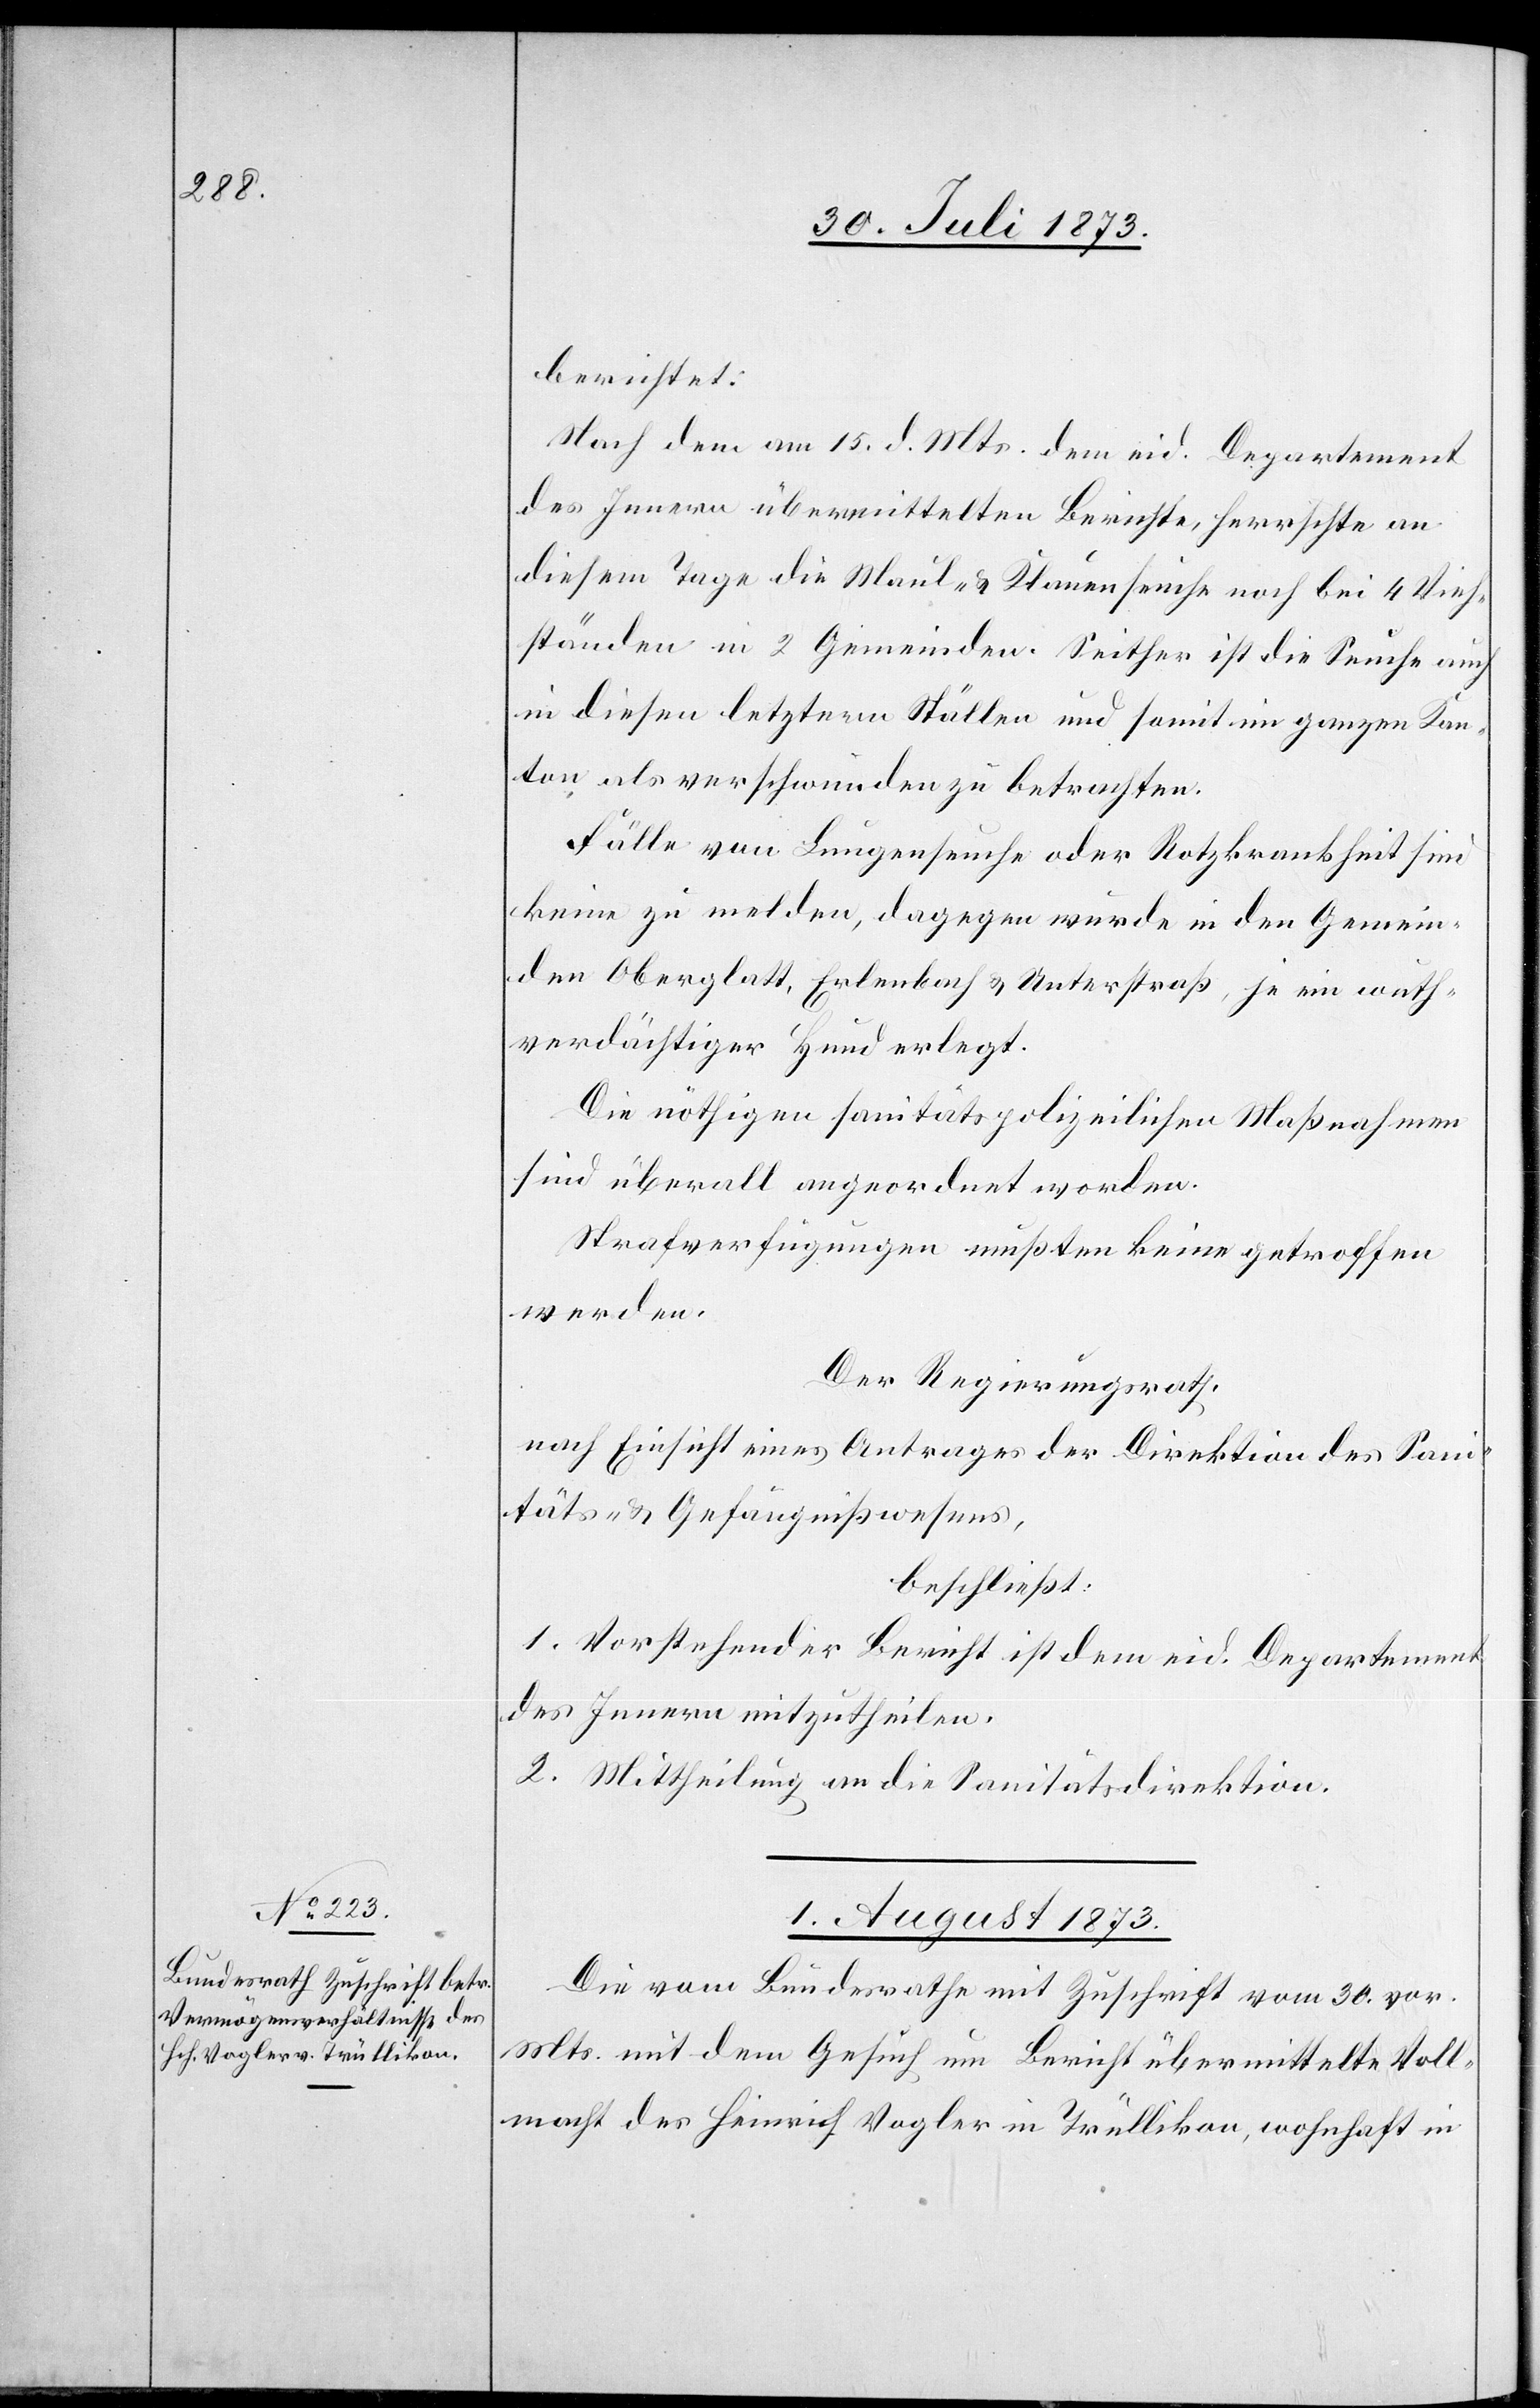
berichtet:
Nach dem am 15. d. Mts. dem eid. Departement
des Innern übermittelten Berichte, herrschte an
diesem Tage die Maul- & Klauenseuche noch bei 4 Vieh¬
ständen in 2 Gemeinden. Seither ist die Seuche auch
in diesen letztern Ställen und somit im ganzen Kan¬
ton als verschwunden zu betrachten.
Fälle von Lungenseuche oder Rotzkrankheit sind
keine zu melden, dagegen wurde in den Gemein¬
den Oberglatt, Erlenbach & Unterstraß, je ein wuth¬
verdächtiger Hund erlegt.
Die nöthigen sanitätspolizeilichen Maßnahmen
sind überall angeordnet worden.
Strafverfügungen mußten keine getroffen
werden.
Der Regierungsrath,
nach Einsicht eines Antrages der Direktion des Sani¬
täts- & Gefängnißwesens,
beschließt:
1. Vorstehender Bericht ist dem eid. Departement
des Innern mitzutheilen.
2. Mittheilung an die Sanitätsdirektion.
1. August 1873.
Die vom Bundesrathe mit Zuschrift vom 30. vor.
Mts. mit dem Gesuch um Bericht übermittelte Voll¬
macht des Heinrich Vogler in Trüllikon, wohnhaft in